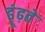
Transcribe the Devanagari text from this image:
ढ़ूंढ़ते